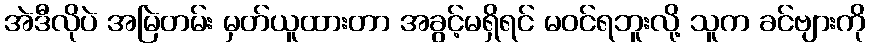
အဲဒီလိုပဲ အမြဲတမ်း မှတ်ယူထားတာ အခွင့်မရှိရင် မဝင်ရဘူးလို့ သူက ခင်ဗျားကို